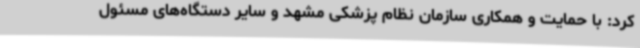
کرد: با حمایت و همکاری سازمان نظام پزشکی مشهد و سایر دستگاه‌های مسئول